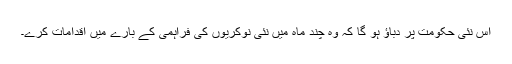
اس نئی حکومت پر دباؤ ہو گا کہ وہ چند ماہ میں نئی نوکریوں کی فراہمی کے بارے میں اقدامات کرے۔